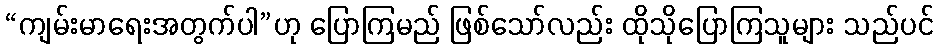
“ကျမ်းမာရေးအတွက်ပါ”ဟု ပြောကြမည် ဖြစ်သော်လည်း ထိုသိုပြောကြသူများ သည်ပင်